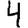
Digit: 4